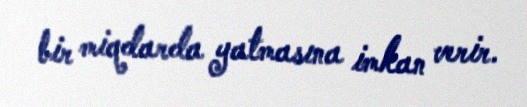
bir miqdarda yatmasına imkan verir.